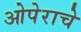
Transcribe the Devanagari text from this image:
ओपेराचे